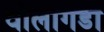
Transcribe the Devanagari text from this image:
वोलागडा